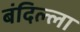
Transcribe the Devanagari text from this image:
बंदिल्ला